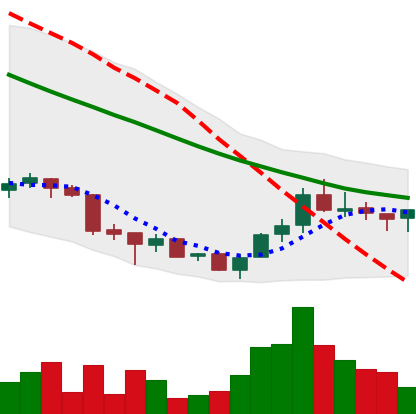
Ticker: ADA-USD
Chart end date: 2018-07-07
Forward return: -15.423%
Label: down_7plus